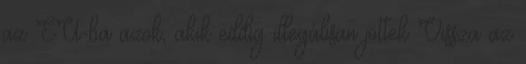
az EU-ba azok, akik eddig illegálisan jöttek Vissza az